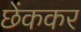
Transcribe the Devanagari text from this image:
छेंककर